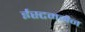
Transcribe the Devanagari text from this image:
ईस्टममैन